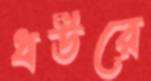
ধউরে